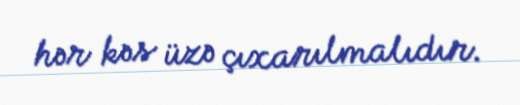
hər kəs üzə çıxarılmalıdır.